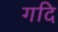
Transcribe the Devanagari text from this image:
गदि